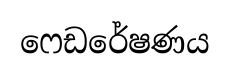
ෆෙඩරේෂණය